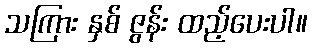
သကြား နှစ် ဇွန်း ထည့်ပေးပါ။